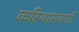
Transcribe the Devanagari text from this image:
करियास्वामी